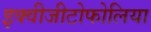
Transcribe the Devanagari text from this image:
इक्वीजीटोफोलिया